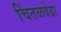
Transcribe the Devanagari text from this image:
चिंतळवेढा